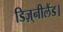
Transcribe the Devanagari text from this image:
डिज़्नीलैंड।